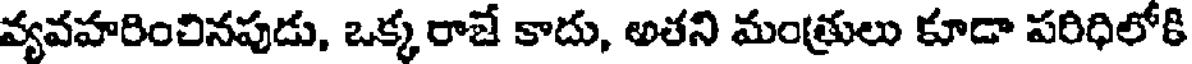
వ్యవహరించినపుడు, ఒక్క రాజే కాదు, అతని మంత్రులు కూడా పరిధిలోకి